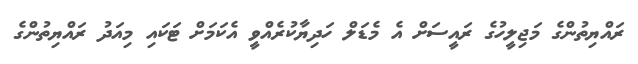
ރައްޔިތުންގެ މަޖިލީހުގެ ރައީސަށް އެ މެޑަލް ހަދިޔާކުރެއްވީ އެކަމަށް ޓަކައި މިއަދު ރައްޔިތުންގެ